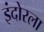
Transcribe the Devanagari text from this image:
इंदोरला